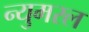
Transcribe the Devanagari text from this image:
न्युमरल